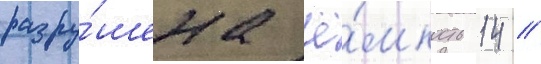
разру́шена ё́мкость 14 /